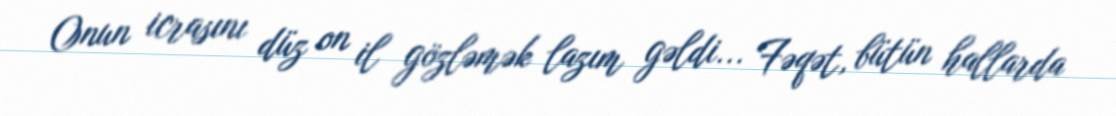
Onun icrasını düz on il gözləmək lazım gəldi... Fəqət, bütün hallarda